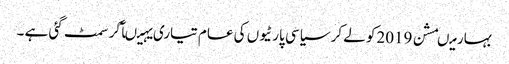
بہار میںمشن 2019کو لے کر سیاسی پارٹیوں کی عام تیاری یہیںآکر سمٹ گئی ہے ۔